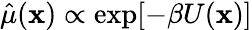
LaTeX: \hat{\mu}(\mathbf{x})\propto\exp[-\beta U(\mathbf{x})]